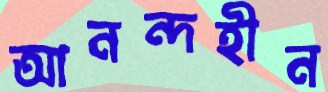
আনন্দহীন